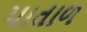
પાતાળ